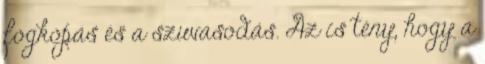
fogkopás és a szuvasodás. Az is tény, hogy a